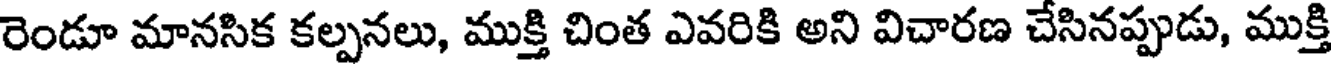
రెండూ మానసిక కల్పనలు, ముక్తి చింత ఎవరికి అని విచారణ చేసినప్పుడు, ముక్తి